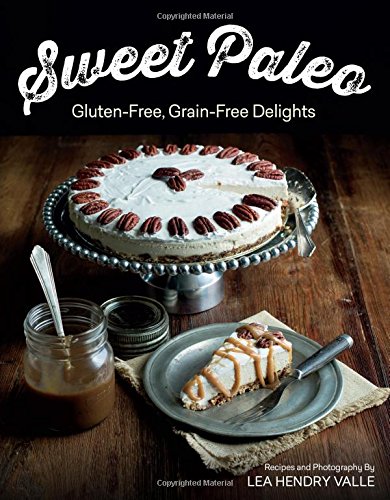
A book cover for Sweet Paleo: Gluten-Free, Grain-Free Delights; Lea Valle; Cookbooks, Food & Wine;